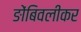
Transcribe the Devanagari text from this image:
ङोंबिवलीकर